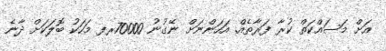
އަށް މަސައްކަތް ކުރާ ފަރާތެއް. އަހަންނަށް ނޭގުނު 70000ރފ މަހަކު ބޮލަކަށް ދާނެ